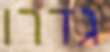
גדרו